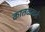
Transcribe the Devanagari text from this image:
कातळकडे